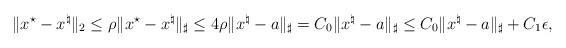
LaTeX: \begin{align*}\|x^\star-x^\natural\|_2\leq \rho\|x^\star-x^\natural\|_\sharp\leq 4\rho\|x^\natural-a\|_\sharp=C_0\|x^\natural-a\|_\sharp\leq C_0\|x^\natural-a\|_\sharp+C_1\epsilon,\end{align*}